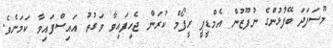
މޫސަފަދަ ބޭފުޅުންގެ ނުފޫޒުން އެމްޑީޕީ ރީފޯމް ކުރަން ޖެހިފައިވާ ވަގުތު އައިސްފައިވާ ކަމަށެވެ.